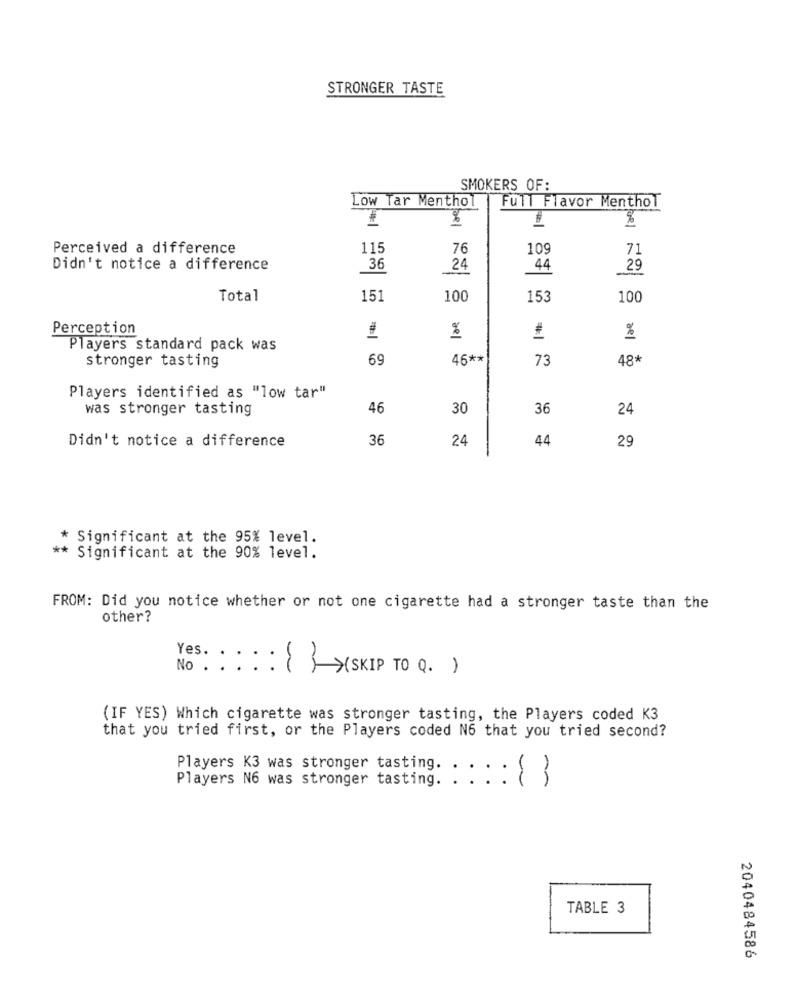
STRONGER TASTE
SMOKERS OF:
Low Tar Menthol
Full Flavor Menthol
%
%
Perceived a difference
115
76
109
71
Didn't notice a difference
36
24
44
29
Total
151
100
153
100
Perception
%
%
Players standard pack was
69
stronger tasting
46 **
73
48
Players identified as "low tar"
was stronger tasting
46
30
36
24
Didn't notice a difference
36
24
44
29
* Significant at the 95% level.
** Significant at the 90% level.
FROM: Did you notice whether or not one cigarette had a stronger taste than the
other?
Yes.
No
: { } >(SKIP TO 0.)
(IF YES) Which cigarette was stronger tasting, the Players coded K3
that you tried first, or the Players coded N6 that you tried second?
Players K3 was stronger tasting.
Players N6 was stronger tasting.
:13
TABLE 3
2040484586